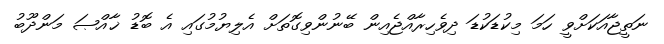
ނަތީޖާއަކަށްވީ ހަމަ މިކުޑަކުޑަ ދިވެހިރާއްޖެއިން ބޭނުންވިގޮތަށް އެލިޔުމުގައި އެ ބޮޑު ޚާއްޞަ މަންދޫބު